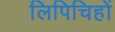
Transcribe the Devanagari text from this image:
लिपिचिहों